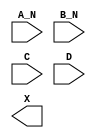
module sky130_fd_sc_ms__and4bb (
    //# {{data|Data Signals}}
    input  A_N,
    input  B_N,
    input  C  ,
    input  D  ,
    output X
);

    // Voltage supply signals
    supply1 VPWR;
    supply0 VGND;
    supply1 VPB ;
    supply0 VNB ;

endmodule